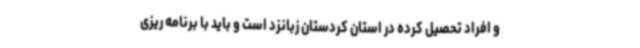
و افراد تحصیل کرده در استان کردستان زبانزد است و باید با برنامه ریزی